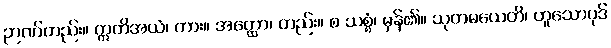
ဉာဏ်တည်း။ ဣတိအယံ၊ ကား။ အတ္ထော၊ တည်း။ စ သစ္စံ၊ မှန်၏။ သုတမယေတိ၊ ဟူသောပုဒ်